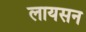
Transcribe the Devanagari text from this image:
लायसन